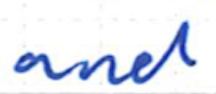
Text: and
Cross-out: clean
Writing tool: ballpoint